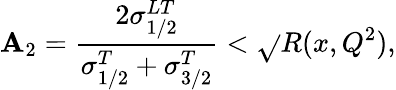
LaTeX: {\cal\mathbf{A}}_{2}=\frac{{2\sigma_{1/2}^{LT}}}{{\sigma_{1/2}^{T}+\sigma_{3/2}^{T}}}<\sqrt{}{{R(x,Q^{2})}},